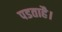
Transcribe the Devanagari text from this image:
पडताहै।